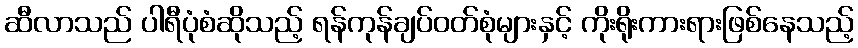
ဆီလာသည် ပါရီပုံစံဆိုသည့် ရန်ကုန်ချပ်ဝတ်စုံများနှင့် ကိုးရိုးကားရားဖြစ်နေသည့်